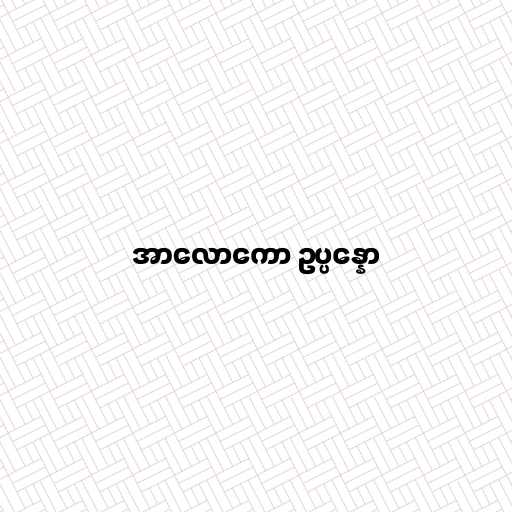
အာလောကော ဥပ္ပန္နော